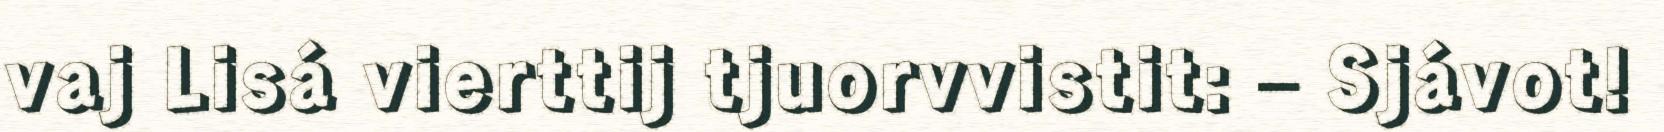
vaj Lisá vierttij tjuorvvistit: – Sjávot!